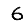
Digit: 6